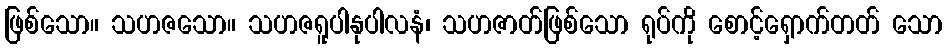
ဖြစ်သော။ သဟဇသော။ သဟဇရူပါနုပါလနံ၊ သဟဇာတ်ဖြစ်သော ရုပ်ကို စောင့်ရှောက်တတ် သော